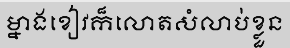
ម្នាងខៀវក៏លោតសំលាប់ខ្លួន